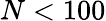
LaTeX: N<100